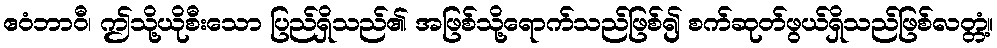
ဧဝံဘာဝီ၊ ဤသို့ယိုစီးသော ပြည်ရှိသည်၏ အဖြစ်သို့ရောက်သည်ဖြစ်၍ စက်ဆုတ်ဖွယ်ရှိသည်ဖြစ်လတ္တံ့။